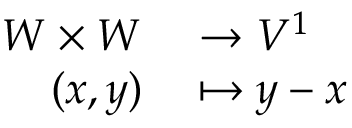
\begin{array} { r l } { W \times W } & { { } \to V ^ { 1 } } \\ { ( x , y ) } & { { } \mapsto y - x } \end{array}